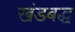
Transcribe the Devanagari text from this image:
खंडबद्ध